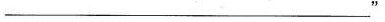
___”